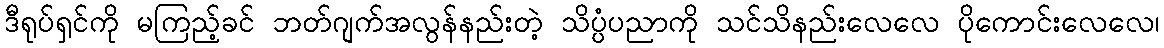
ဒီရုပ်ရှင်ကို မကြည့်ခင် ဘတ်ဂျက်အလွန်နည်းတဲ့ သိပ္ပံပညာကို သင်သိနည်းလေလေ ပိုကောင်းလေလေ၊